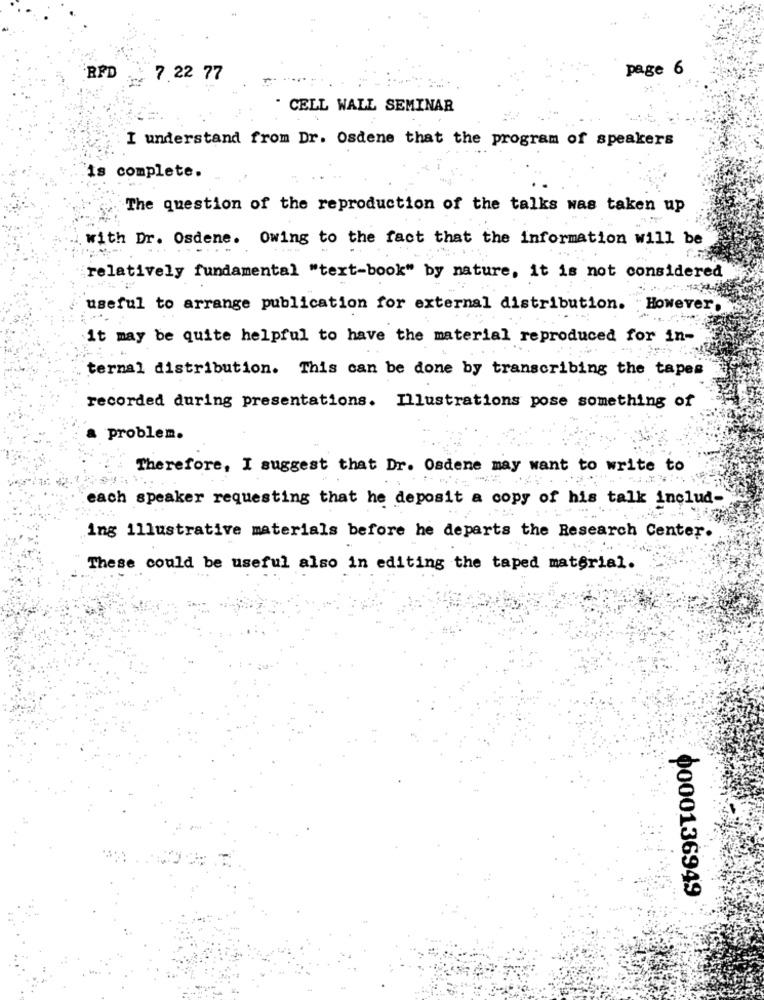
page 6
RFD
7 22 77
CELL WALL SEMINAR
I understand from Dr. Osdene that the program of speakers
is complete.
The question of the reproduction of the talks was taken up
with Dr. Osdene. Owing to the fact that the information will be
-...
relatively fundamental "text-book" by nature, it is not considered
useful to arrange publication for external distribution. However,
it may be quite helpful to have the material reproduced for in-
ternal distribution. This can be done by transcribing the tapes
recorded during presentations. Illustrations pose something of
problem.
Therefore, I suggest that Dr. Osdene may want to write to
-=
each speaker requesting that he deposit a copy of his talk includ-
ing illustrative materials before he departs the Research Center.
These could be useful also in editing the taped material.
0000136949